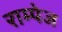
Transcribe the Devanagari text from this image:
राम्पेज